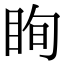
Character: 眴